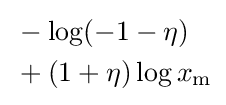
{\begin{aligned}&-\log(-1-\eta )\\&+(1+\eta )\log x_{\mathrm {m} }\end{aligned}}